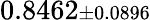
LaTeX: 0.8462{\scriptstyle\pm 0.0896}